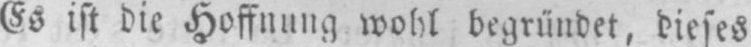
Es ist die Hoffnung wohl begründet, dieses